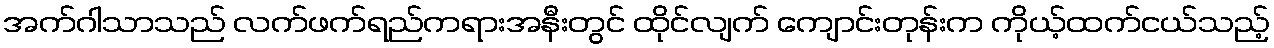
အက်ဂါသာသည် လက်ဖက်ရည်ကရားအနီးတွင် ထိုင်လျက် ကျောင်းတုန်းက ကိုယ့်ထက်ငယ်သည့်